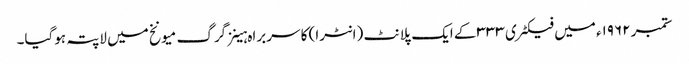
ستمبر ۱۹۶۲ء میں فیکٹری ۳۳۳ کے ایک پلانٹ (انٹرا) کا سربراہ ہینز گرگ میونخ میں لاپتہ ہوگیا۔